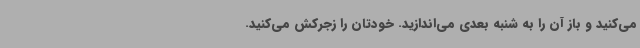
می‌کنید و باز آن را به شنبه بعدی می‌اندازید. خودتان را زجرکش می‌کنید.